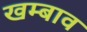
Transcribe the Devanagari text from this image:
खम्बाव